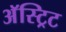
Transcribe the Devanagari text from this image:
अॅस्ट्रिट